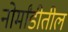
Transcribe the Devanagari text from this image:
नोर्मांडीतील